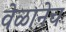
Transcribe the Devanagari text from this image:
वेळानेच